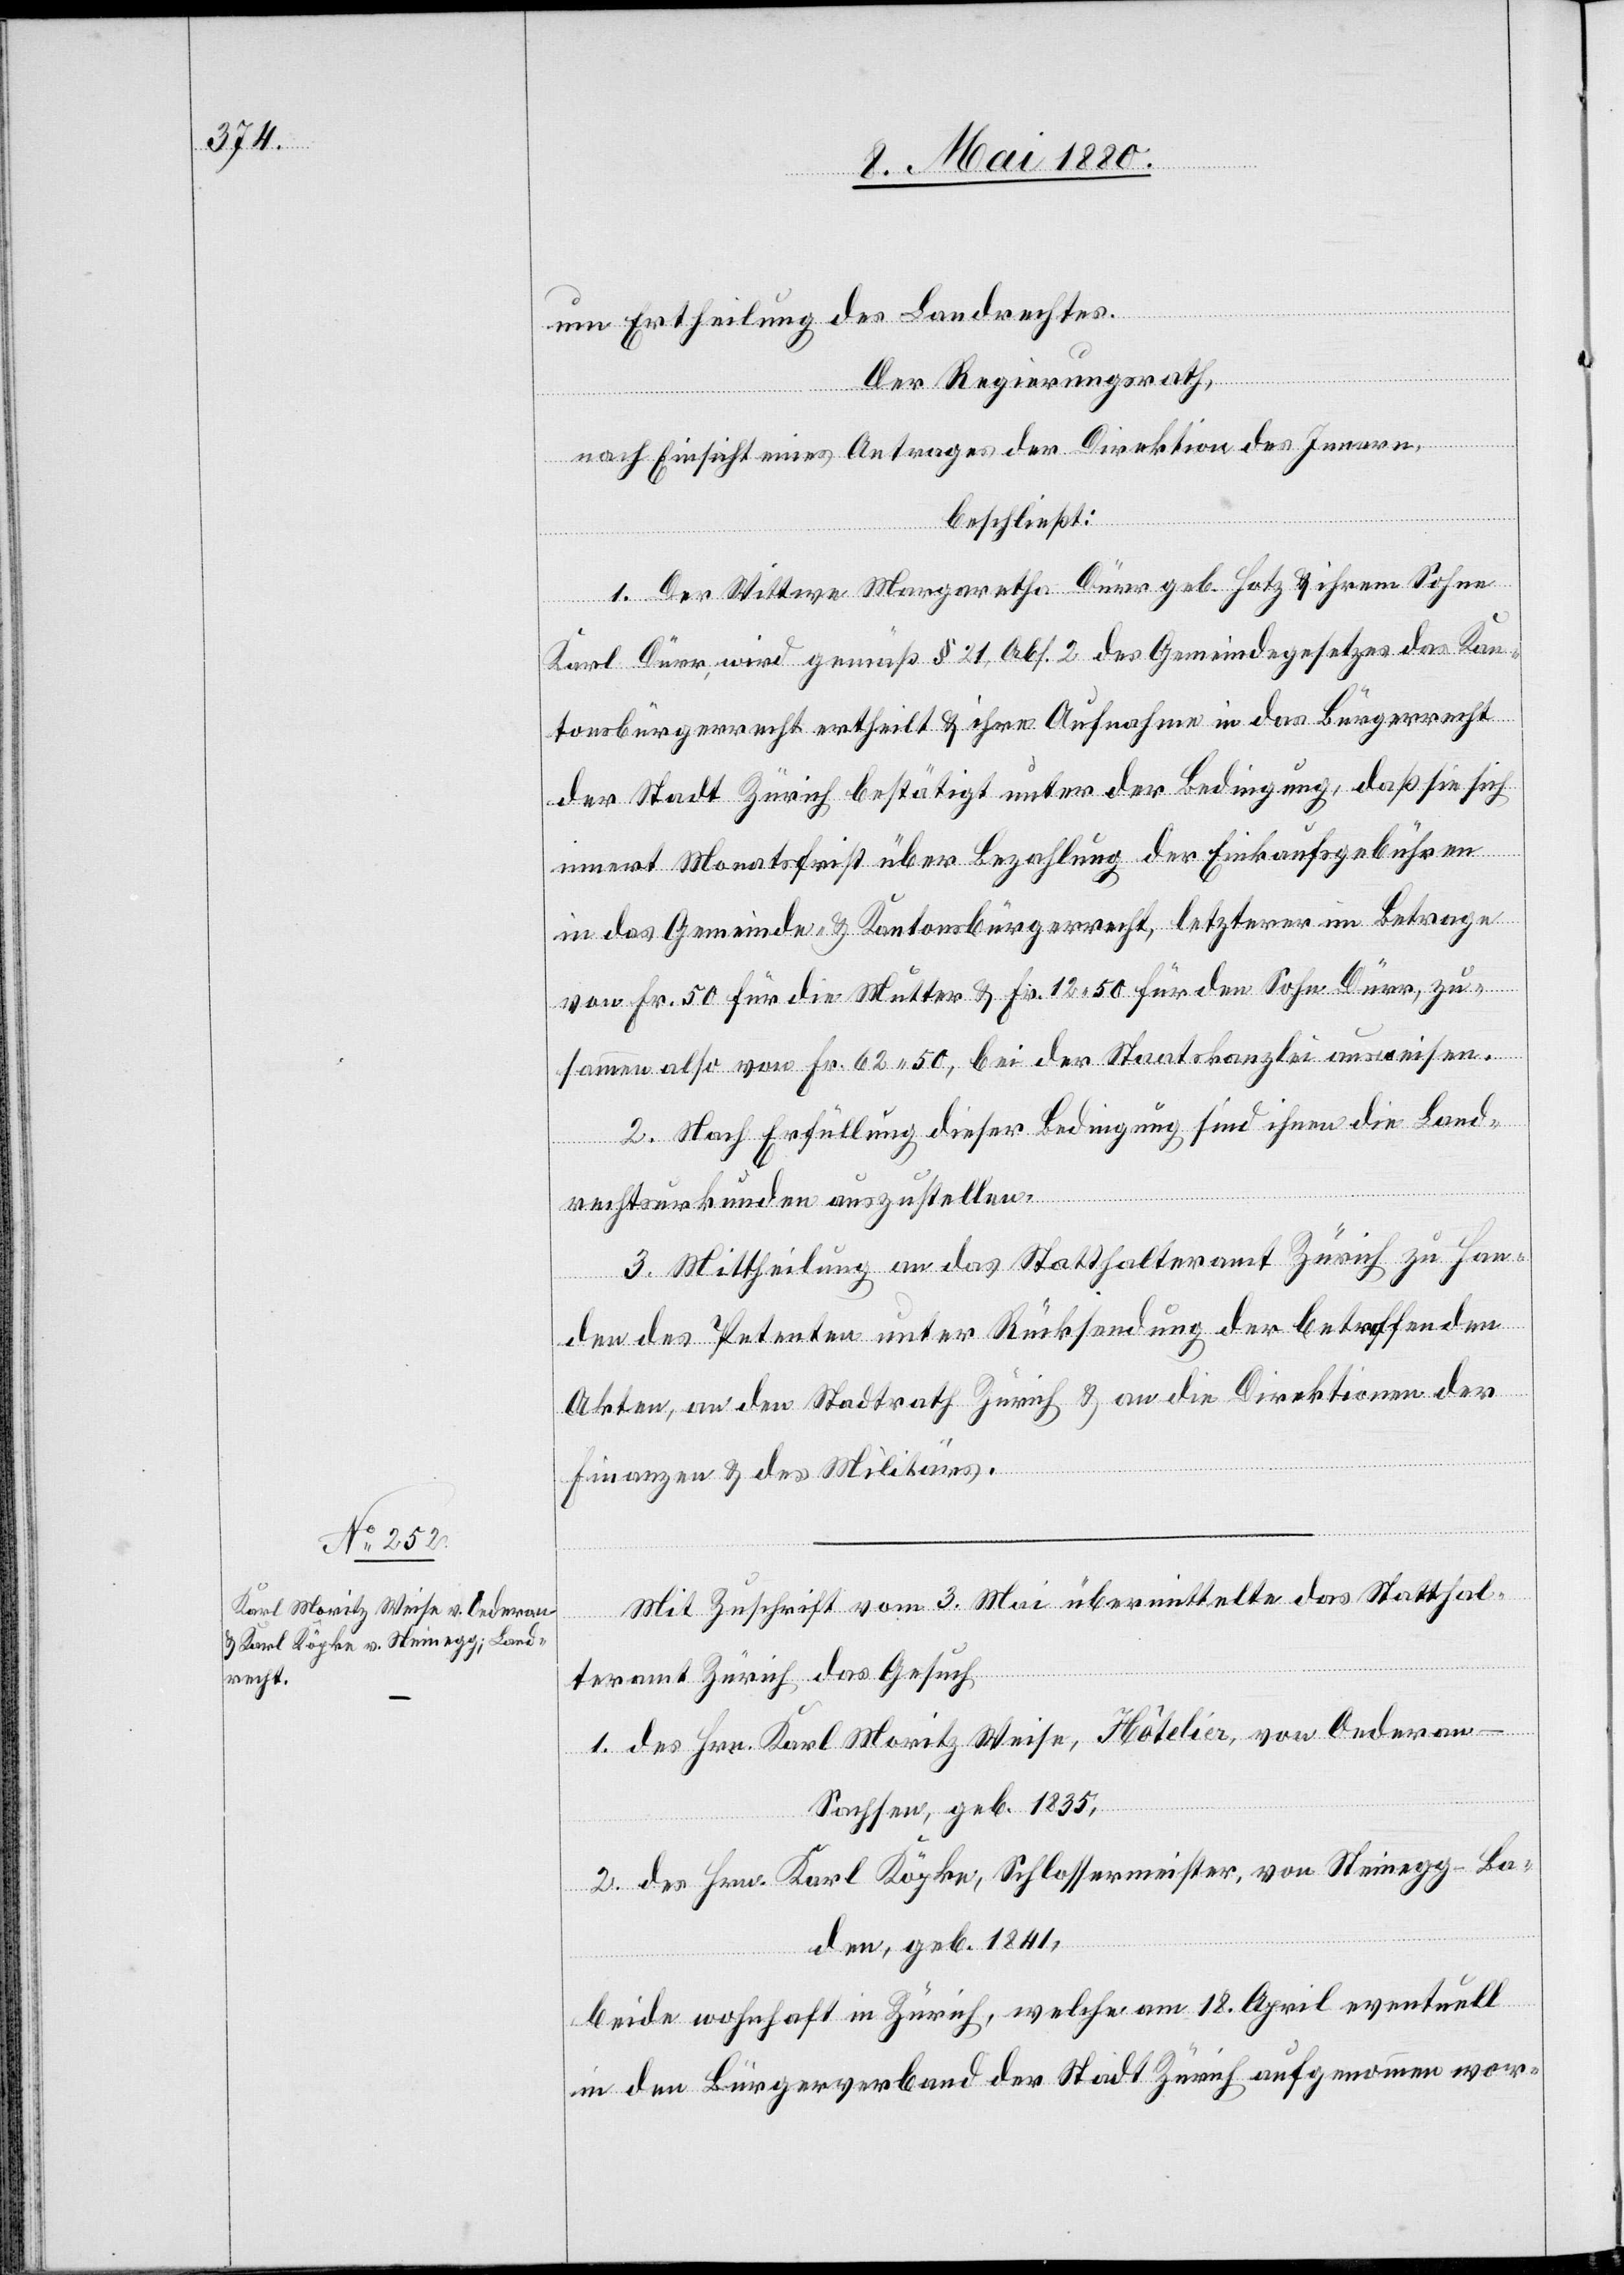
um Ertheilung des Landrechtes.
Der Regierungsrath,
nach Einsicht eines Antrages der Direktion des Innern,
beschließ:
1. Der Wittwe Margaretha Dürr geb. Hotz & ihrem Sohn
Karl Dürr wird gemäß § 21, Abs. 2 des Gemeindegesetzes das Kan¬
tonsbürgerrecht ertheilt & ihre Aufnahme in das Bürgerrecht
der Stadt Zürich bestätigt unter der Bedingung, daß sie sich
innert Monatsfrist über Bezahlung der Einkaufsgebühren
in das Gemeinde- & Kantonsbürgerrecht, letzterer im Betrage
von Fr. 50 für die Mutter & Fr. 12.50 für den Sohn Dürr, zu¬
sammen also von Fr. 62.50, bei der Staatskanzlei ausweise.
2. Nach Erfüllung dieser Bedingung sind ihnen die Land¬
rechtsurkunden auszustellen.
3. Mittheilung an das Statthalteramt Zürich zu Han¬
den des Petenten unter Rücksendung der betreffenden
Akten, an den Stadtrath Zürich & an die Direktionen der
Finanzen & des Militärs.
Mit Zuschrift vom 3. Mai übermittelte das Statthal¬
teramt Zürich das Gesuch
1. des Hrn. Karl Moritz Weise, Hôtelier, von Oederan
Sachsen, geb. 1835,
2. des Hrn. Karl Köpke, Schlossermeister, von Steinegg - Ba¬
den, geb. 1841,
beide wohnhaft in Zürich, welche am 18. April eventuell
in den Bürgerverband der Stadt Zürich aufgenommen wor-